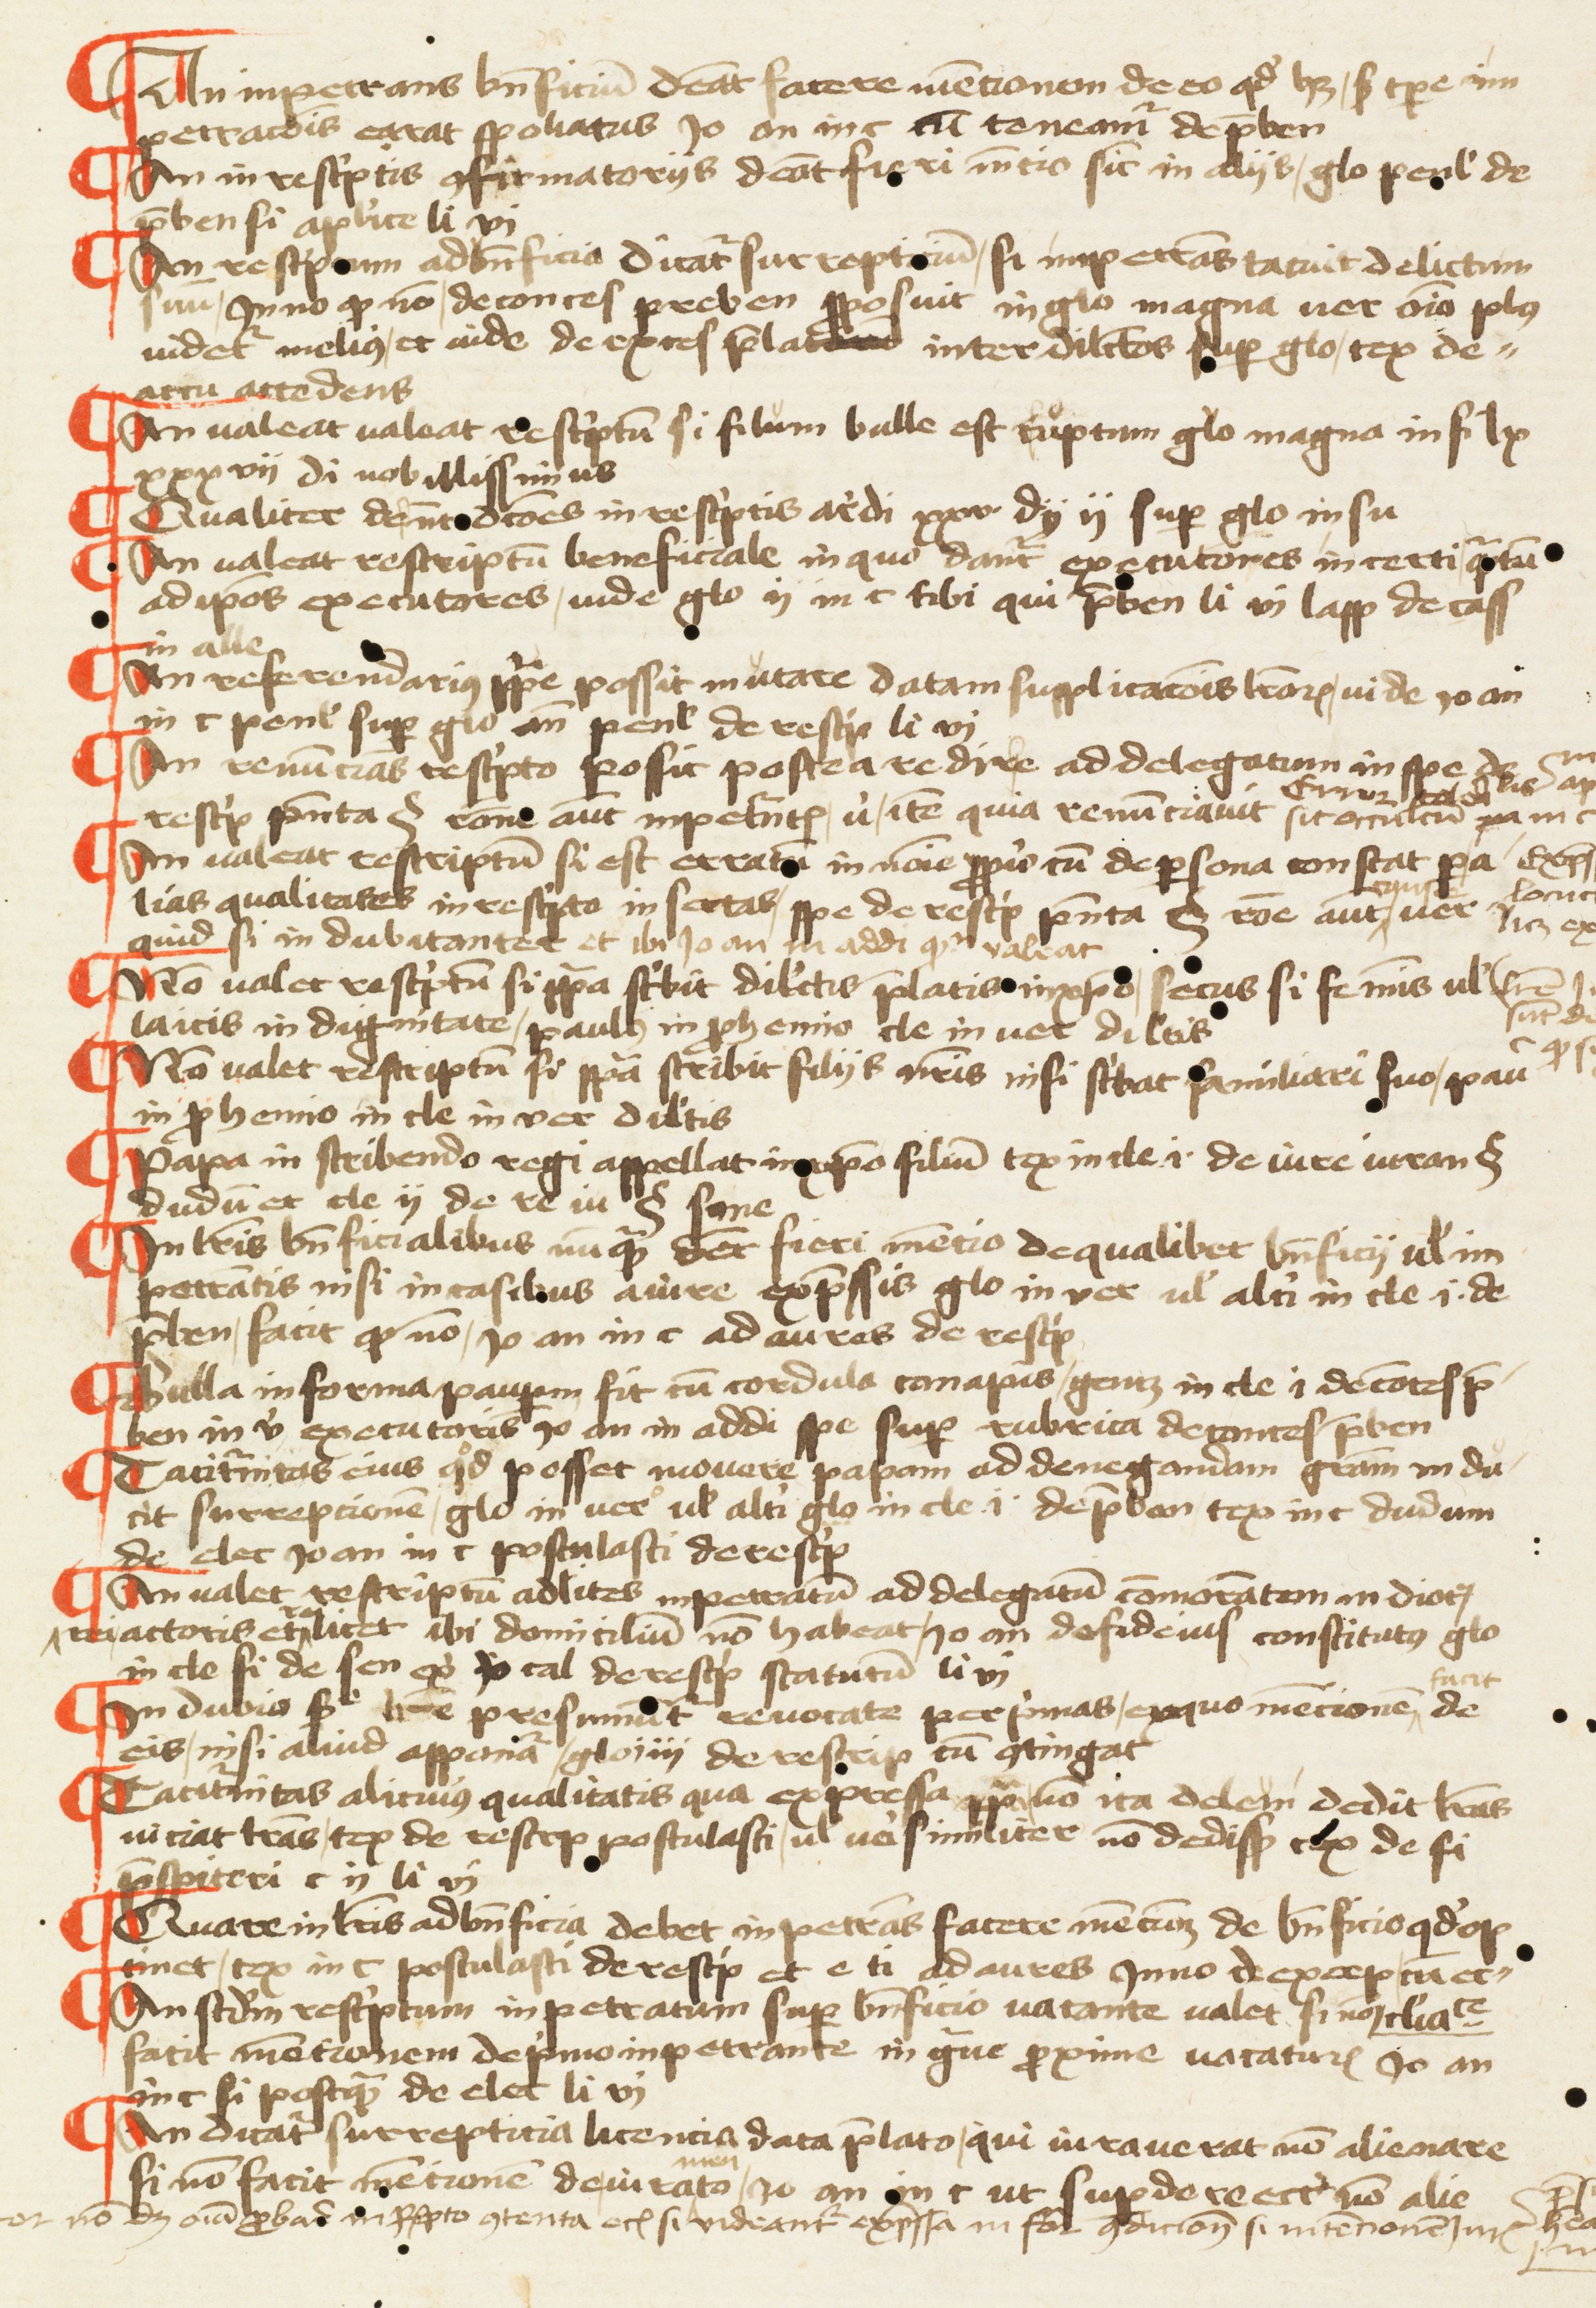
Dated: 1457–1457